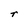
Character: r